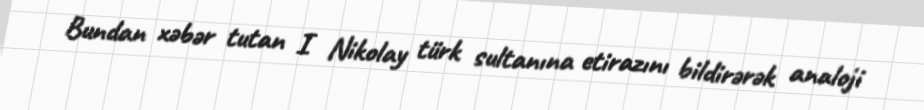
Bundan xəbər tutan I Nikolay türk sultanına etirazını bildirərək analoji